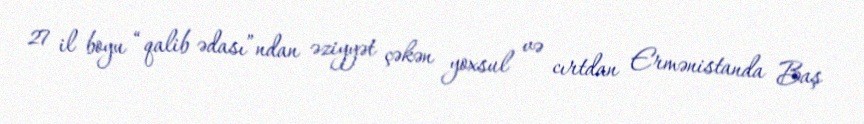
27 il boyu “qalib ədası”ndan əziyyət çəkən yoxsul və cırtdan Ermənistanda Baş